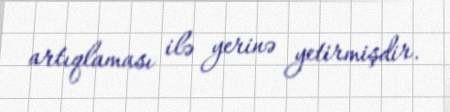
artıqlaması ilə yerinə yetirmişdir.